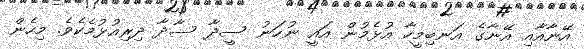
އޭނާއާއި އޭނާގެ އަނބިމީހާ އުޅެމުން އައީ ނުހަނު ސީދާ ސާދާ ދިރިއުޅުމެކެވެ. މިހެން